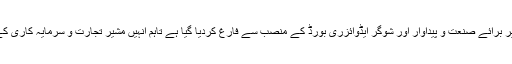
اسی طرح عبدالرزاق دائود کو مشیر برائے صنعت و پیداوار اور شوگر ایڈوائزری بورڈ کے منصب سے فارغ کردیا گیا ہے تاہم انہیں مشیر تجارت و سرمایہ کاری کے عہدے پر برقرار رکھا گیا ہے۔